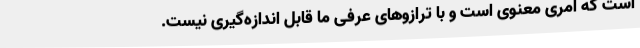
است که امری معنوی است و با ترازوهای عرفی ما قابل اندازه‌گیری نیست.